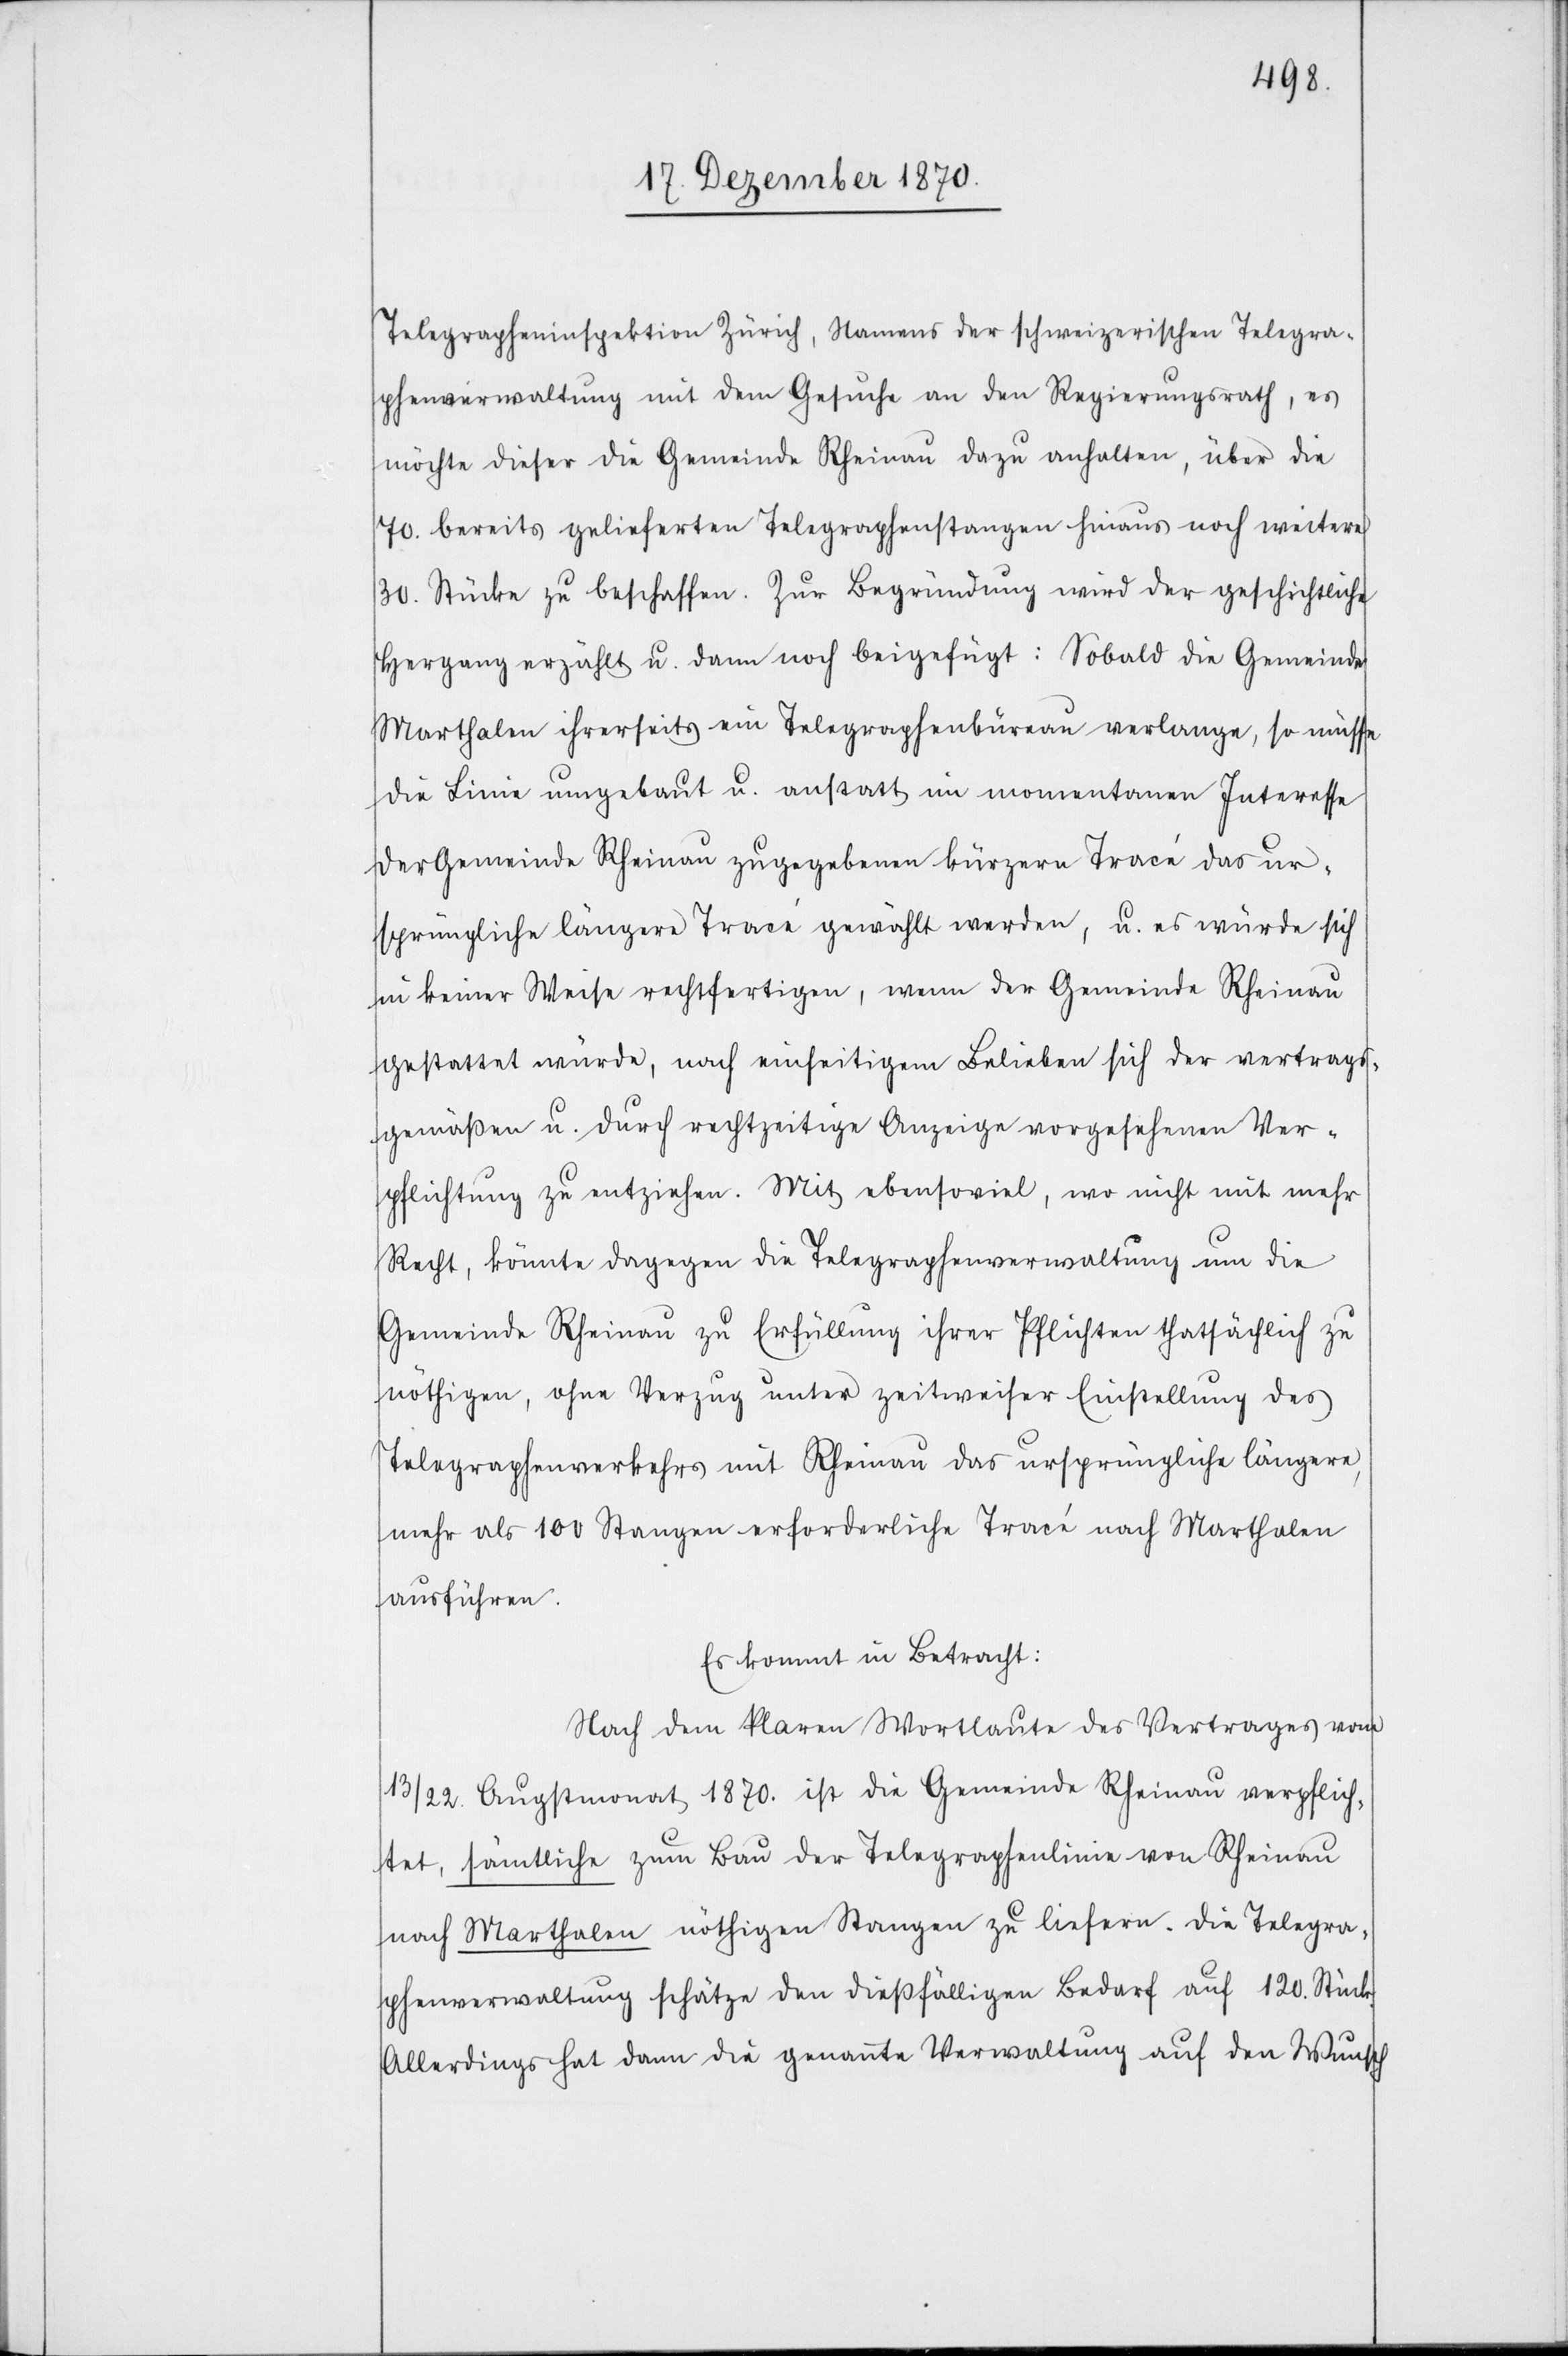
Telegrapheninspektion Zürich, Namens der schweizerischen Telegra¬
phenverwaltung mit dem Gesuche an den Regierungsrath, es
möchte dieser die Gemeinde Rheinau dazu anhalten, über die
70. bereits gelieferten Telegraphenstangen hinaus noch weitere
30. Stück zu beschaffen. Zur Begründung wird der geschichtliche
Hergang erzählt u. dann noch beigefügt: Sobald die Gemeinde
Marthalen ihrerseits ein Telegraphenbüreau verlange, so müsse
die Linie umgebaut u. anstatt im momentanen Interesse
der Gemeinde Rheinau zugegebenen kürzern Tracé das ur¬
sprüngliche längere Tracé gewählt werden, u. es würde sich
in keiner Weise rechtfertigen, wenn der Gemeinde Rheinau
gestattet würde, nach einseitigem Belieben sich der vertrags¬
gemäßen u. durch rechtzeitige Anzeige vorgesehenen Ver¬
pflichtung zu entziehen. Mit ebensoviel, wo nicht mehr
Recht, könnte dagegen die Telegraphenverwaltung um die
Gemeinde Rheinau zu Erfüllung ihrer Pflichten thatsächlich zu
nöthigen, ohne Verzug unter zeitweiser Einstellung des
Telegraphenverkehrs mit Rheinau das ursprüngliche längere,
mehr als 100 Stangen erforderliche Tracé nach Marthalen
ausführen.
Es kommt in Betracht:
Nach dem klaren Wortlaute des Vertrages vom
13/22. Augstmonat 1870. ist die Gemeinde Rheinau verpflich¬
tet, sämtliche zum Bau der Telegraphenlinie von Rheinau
nach Marthalen nöthigen Stangen zu liefern. Die Telegra¬
phenverwaltung schätze den dießfälligen Bedarf auf 120. Stück.
Allerdings hat dann die genannte Verwaltung auf den Wunsch